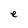
Character: e